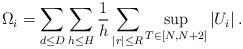
LaTeX: \begin{align*}\Omega_{i}=\sum_{d\leq D}\sum_{h\leq H}\frac{1}{h}\sum_{|r|\leq R}\sup_{T\in[N,N+2]}\left|U_{i}\right|.\end{align*}